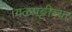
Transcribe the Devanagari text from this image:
गळपट्टीच्या